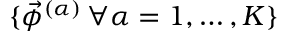
\{ \vec { \phi } ^ { ( \alpha ) } \, \forall \alpha = 1 , \ldots , K \}